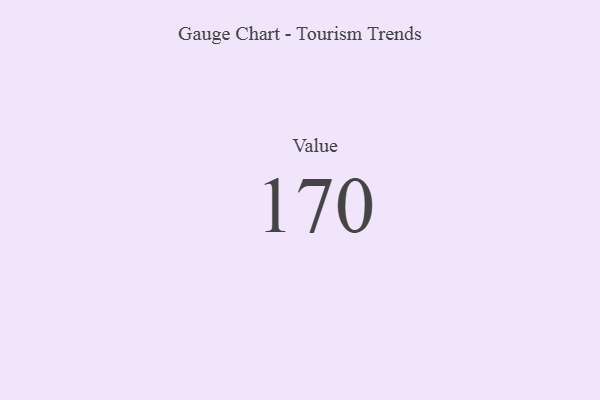
{"axis": {"x": "Metric", "y": "Value"}, "legend": [""], "data": [{"x": "Value", "y": 170, "type": ""}]}